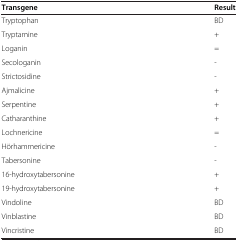
<table><thead><tr><td><b>Transgene</b></td><td><b>Result</b></td></tr></thead><tbody><tr><td>Tryptophan</td><td>BD</td></tr><tr><td>Tryptamine</td><td>+</td></tr><tr><td>Loganin</td><td>=</td></tr><tr><td>Secologanin</td><td>-</td></tr><tr><td>Strictosidine</td><td>-</td></tr><tr><td>Ajmalicine</td><td>+</td></tr><tr><td>Serpentine</td><td>+</td></tr><tr><td>Catharanthine</td><td>+</td></tr><tr><td>Lochnericine</td><td>=</td></tr><tr><td>Hörhammericine</td><td>-</td></tr><tr><td>Tabersonine</td><td>-</td></tr><tr><td>16-hydroxytabersonine</td><td>+</td></tr><tr><td>19-hydroxytabersonine</td><td>+</td></tr><tr><td>Vindoline</td><td>BD</td></tr><tr><td>Vinblastine</td><td>BD</td></tr><tr><td>Vincristine</td><td>BD</td></tr></tbody></table>